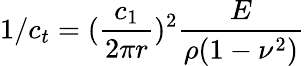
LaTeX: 1/c_{t}=(\frac{c_{1}}{2\pi r})^{2}\frac{E}{\rho(1-\nu^{2})}